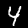
Label: 4